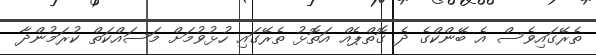
ތެރޭގައިވެސް އެ ބޭންކްގެ ދެ ގޮތްޕެއް އަތޮޅު ތެރޭގައި ހުޅުވުމަށް މަސައްކަތް ކުރަމުންދާ